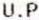
U.P